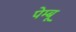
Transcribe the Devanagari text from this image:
पेम्बू